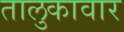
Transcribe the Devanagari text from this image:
तालुकावार